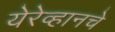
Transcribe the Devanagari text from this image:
येरेव्हानचे